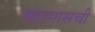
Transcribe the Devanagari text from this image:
बहामासची